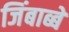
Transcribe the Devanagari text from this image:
जिंबाब्बे